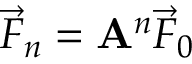
{ \vec { F } } _ { n } = \mathbf { A } ^ { n } { \vec { F } } _ { 0 }